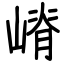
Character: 嵴